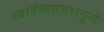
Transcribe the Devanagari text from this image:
स्वातंत्र्यसमरामुळे